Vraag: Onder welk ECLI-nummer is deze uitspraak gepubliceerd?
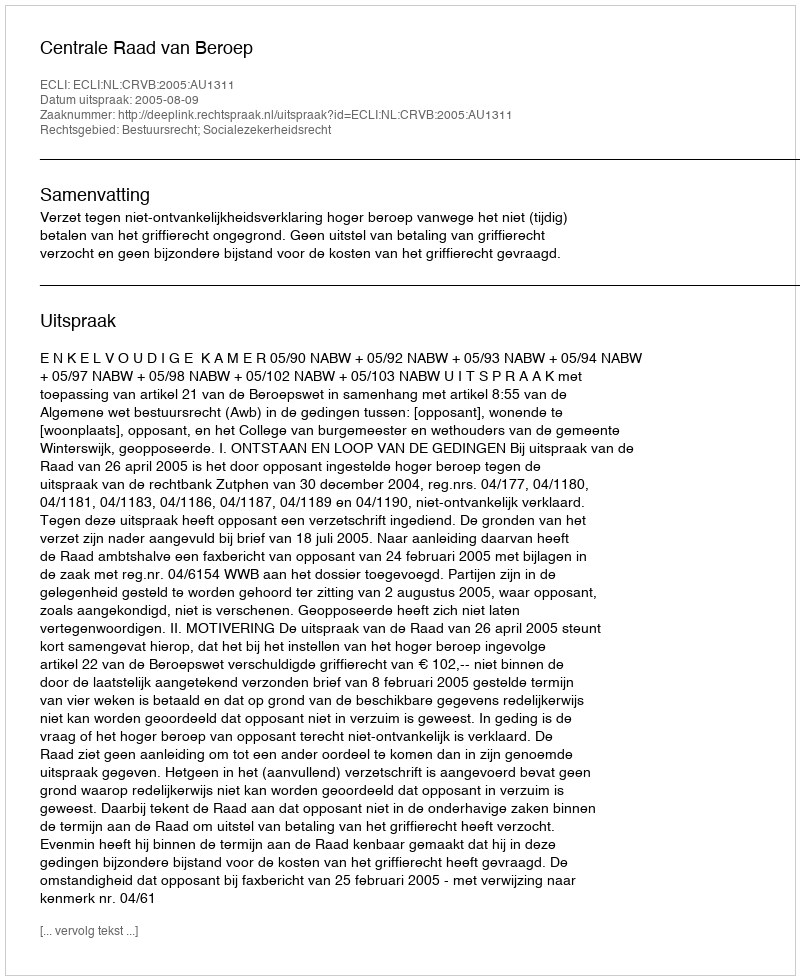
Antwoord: ECLI:NL:CRVB:2005:AU1311